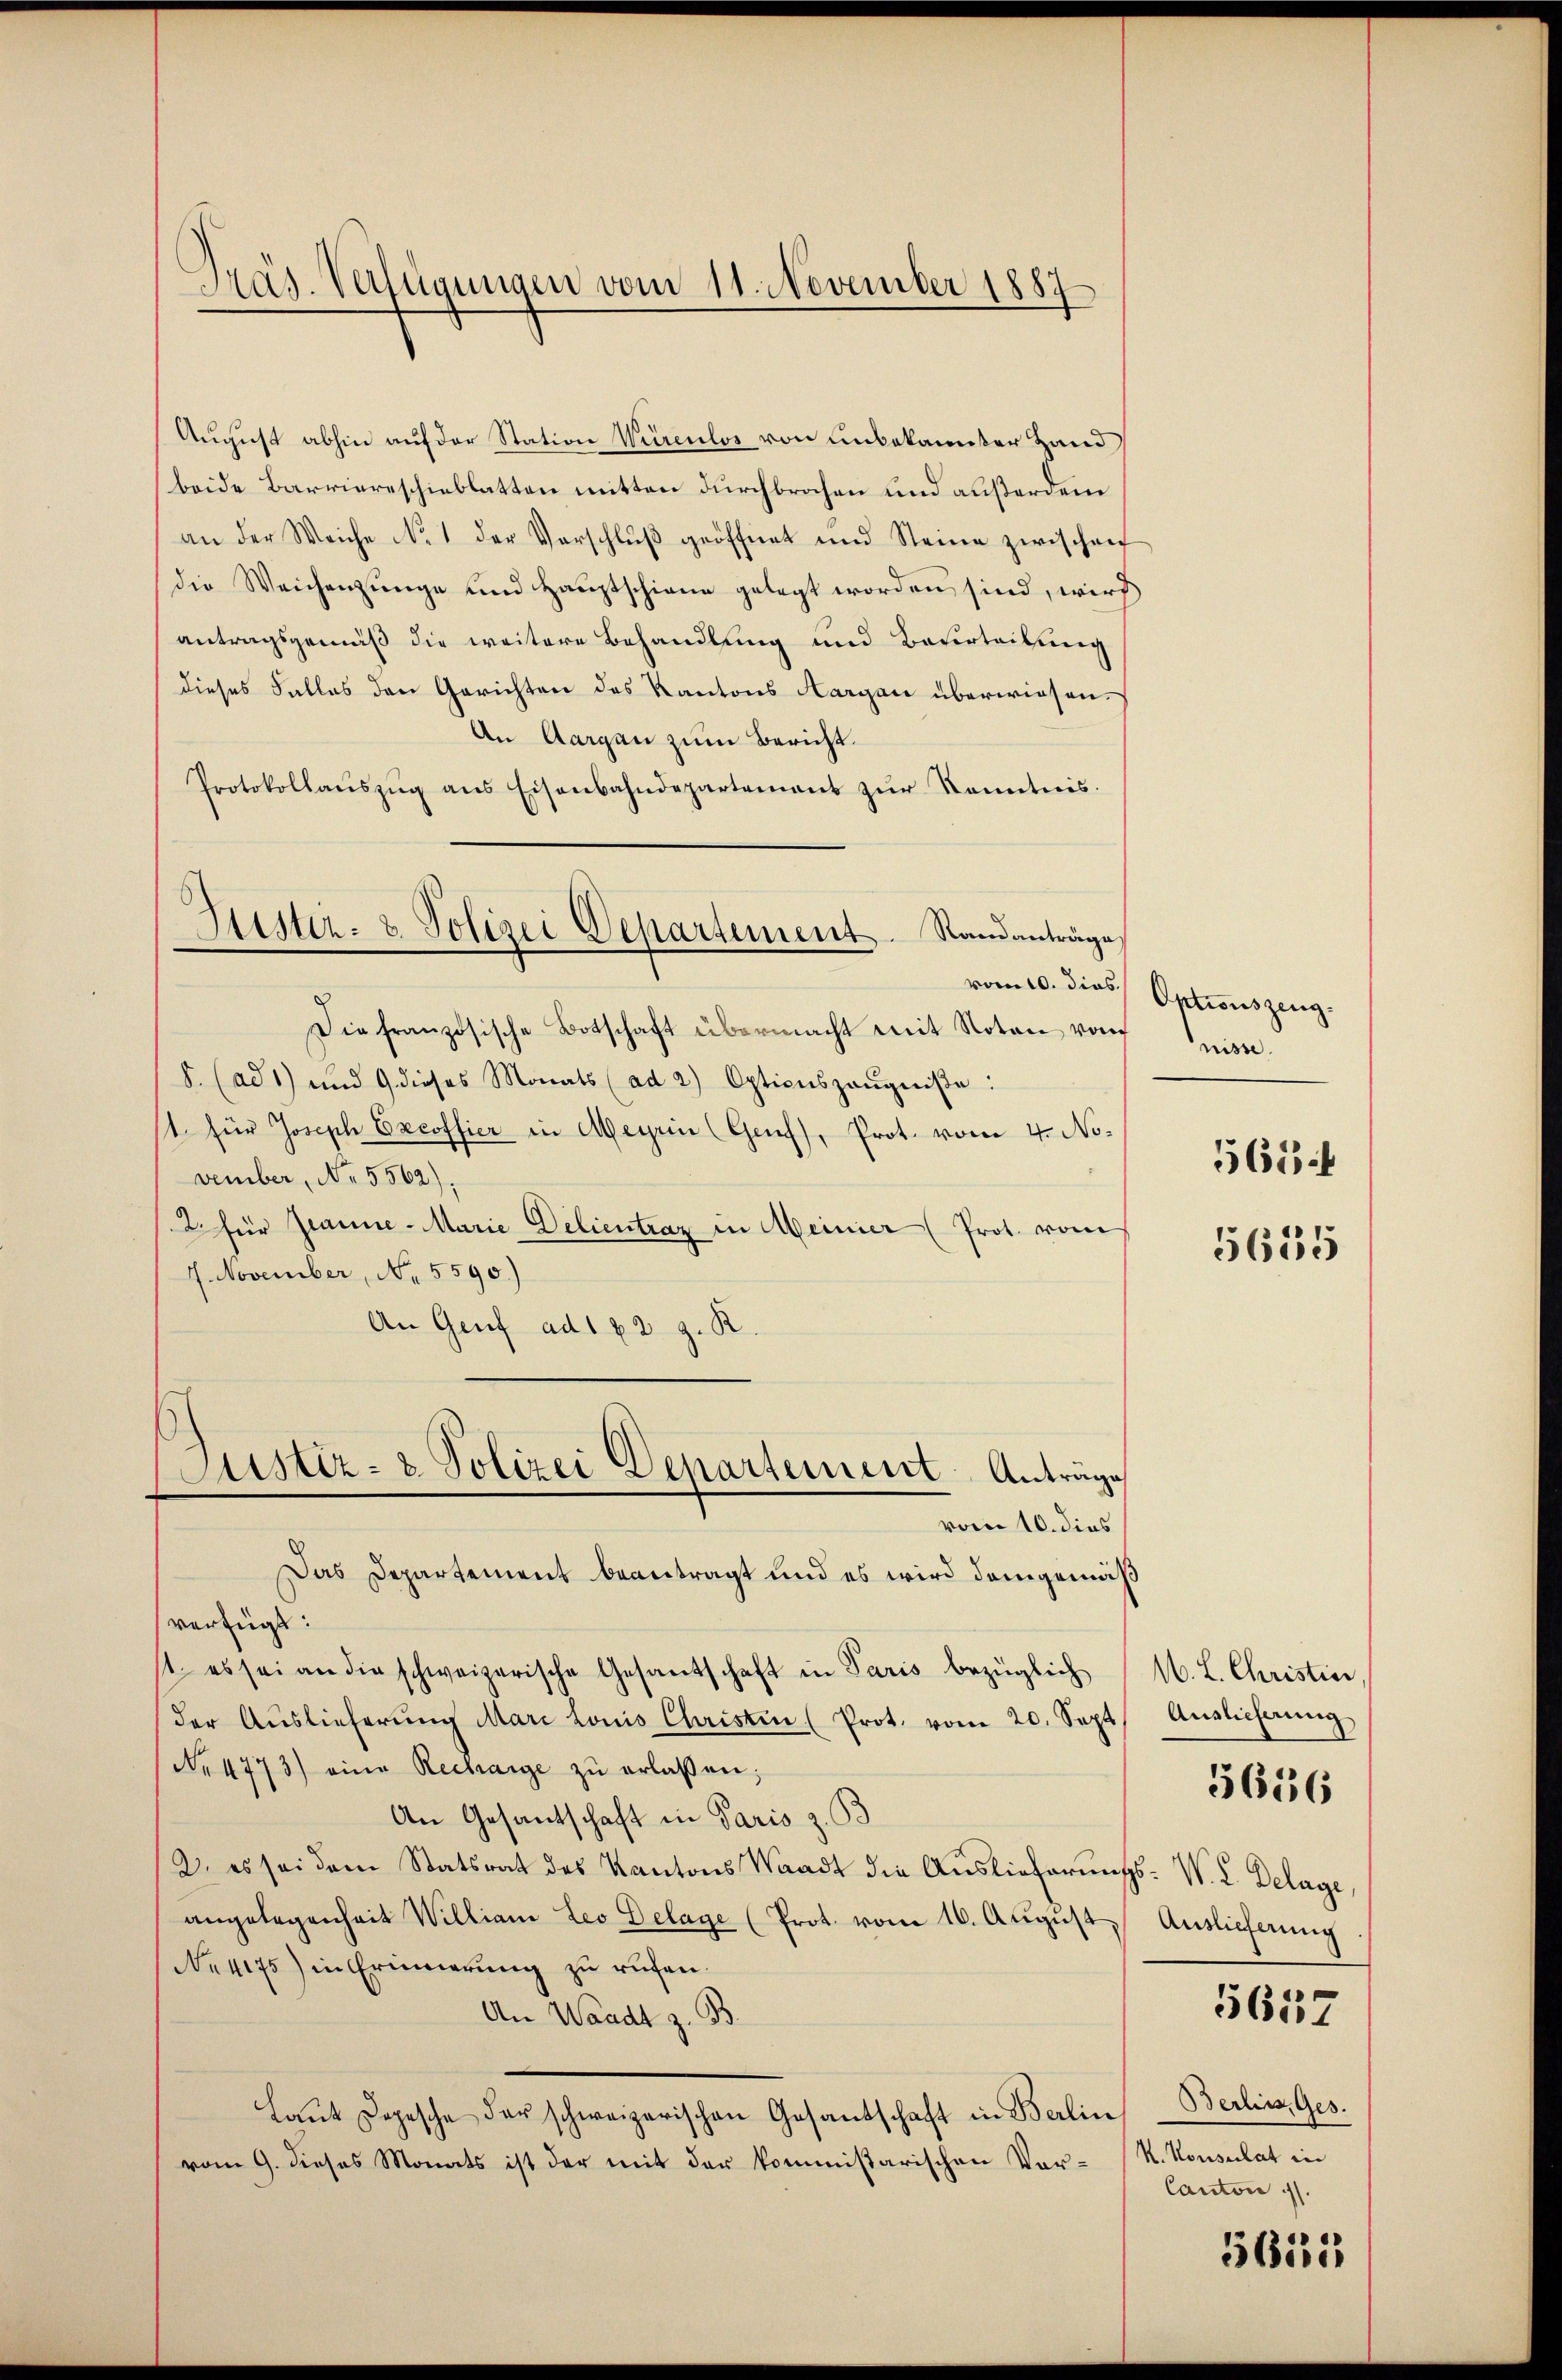
Präs. Verfügungen vom 11. November 1887

August abhin auf der Station Würenlos von unbekannter Hand
beide Barriereschieblatten mitten durchbrochen und außerden
an der Weiche No. 1 der Vorschlŭβ geöffnet und Steine zwischen
die Weichenzunge und Hauptschiene gelegt worden sind, wird
antragsgemäß die weitere Behandlung und Beurteilung
dieses Falles den Gerichten des Kantons Aargau überwiesen.
An Aargau zum Bericht.
Protokollaŭszŭg ans Eisenbahndepartement zŭr Kenntnis.
vom 10. dies
Die französische Botschaft übermacht mit Noten vom
8. (ad 1) und 9 dieses Monats (ad 2) Optionszeŭgniβe:
st. Für Joseph Excoffier in Meyrin (Genf), Prot. vom 4. November, No. 5562),
2 für Jeanne - Marie Delientraz in Meiner (Prot. vom
4. November, No. 5590.)
An Genf ad 182 z. R.
Justiz- & Polizei Departement Antrage
vom 10. dies
Das Departement beantragt und es wird demgemäsverfügt:
1. es sei an die schweizerische Gesandschaft in Paris bezüglich
der Auslieferŭng Mari Louis Christen (Prot. vom 20. Sept
Nr 4773) eine Recharge zŭ erlassen;
An Gesantschaft in Paris z. S.
2. es sei dem Statsrat des Kantons Waadt die Auslieferung
angelegenheit Willian Leo Delage (Prot. vom 16. August
No. 4175) in Erinnerung zu rufen.
An Waadt z. B.
Laŭt Depesche der schweizerischen Gesandschaft in Berlin
vom 9. dieses Monats ist der mit der kommissarischen Vor¬

Lister- & Polizei Departement. Standanträge

Optionszeug.
nisse.
561 ff
5635

M. L. Christin
Auslieferung
W. L. Delage,
Auslieferung

5656

5657

Berlin, Ges.
K. Konsulat in
Canton

5655